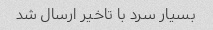
بسیار سرد با تاخیر ارسال شد